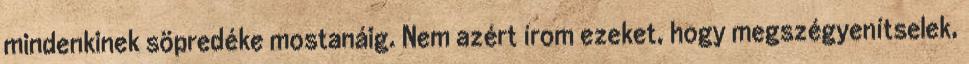
mindenkinek söpredéke mostanáig. Nem azért írom ezeket, hogy megszégyenítselek,